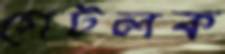
গেটলক